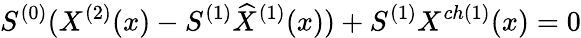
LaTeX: S^{(0)}(X^{(2)}(x)-S^{(1)}{\widehat X}^{(1)}(x))+S^{(1)}X^{ch(1)}(x)=0